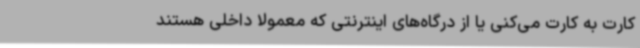
کارت به کارت می‌کنی یا از درگاه‌های اینترنتی که معمولاً داخلی هستند